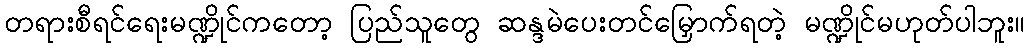
တရားစီရင်ရေးမဏ္ဍိုင်ကတော့ ပြည်သူတွေ ဆန္ဒမဲပေးတင်မြှောက်ရတဲ့ မဏ္ဍိုင်မဟုတ်ပါဘူး။